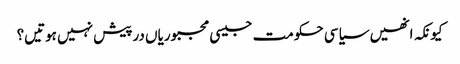
کیونکہ انھیں سیاسی حکومت جیسی مجبوریاں درپیش نہیں ہوتیں؟